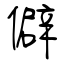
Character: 僻